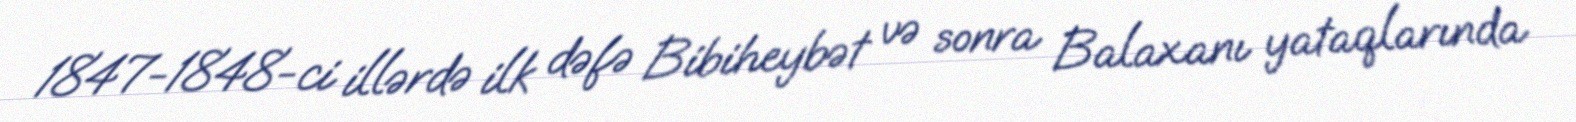
1847-1848-ci illərdə ilk dəfə Bibiheybət və sonra Balaxanı yataqlarında